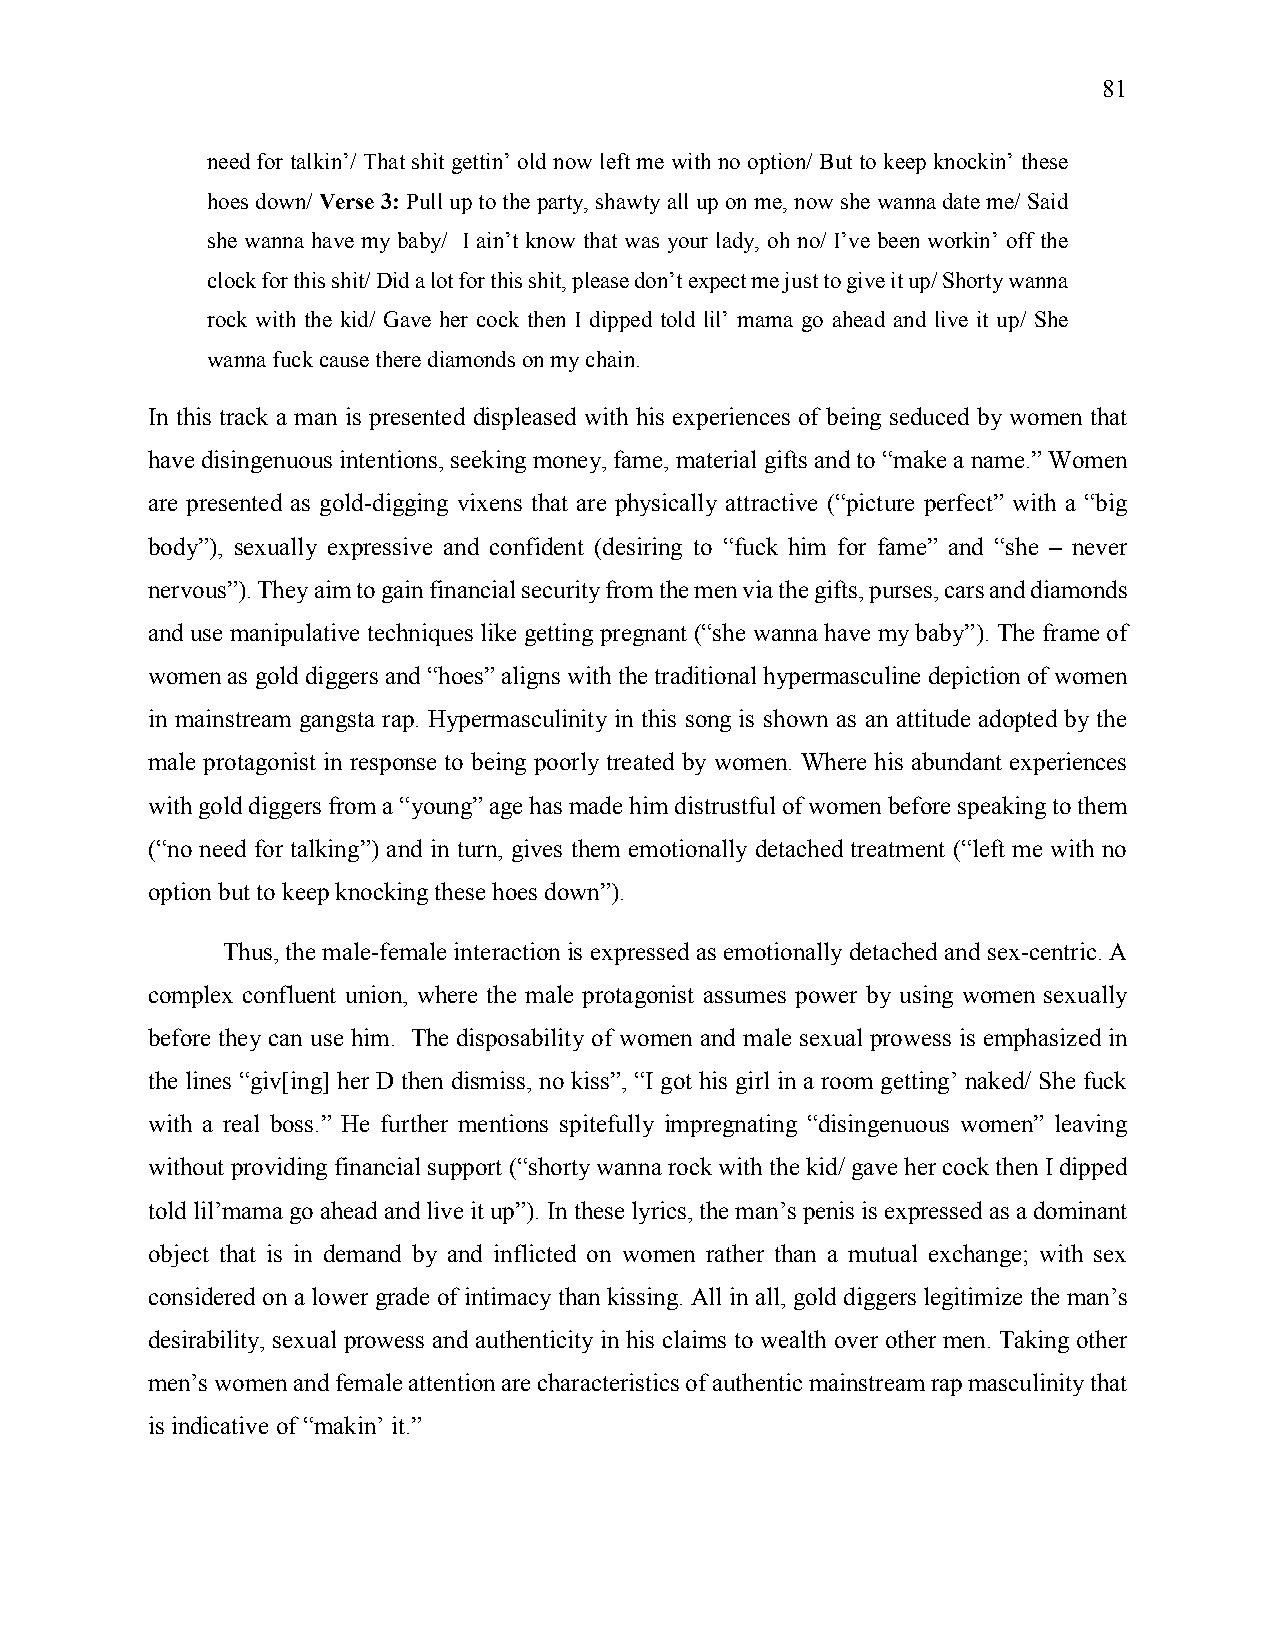
81
 need for talkin’/ That shit gettin’ old now left me with no option/ But to keep knockin’ these
 hoes down/ Verse 3: Pull up to the party, shawty all up on me, now she wanna date me/ Said
 she wanna have my baby/ I ain’t know that was your lady, oh no/ I’ve been workin’ off the
 clock for this shit/ Did a lot for this shit, please don’t expect me just to give it up/ Shorty wanna
 rock with the kid/ Gave her cock then I dipped told lil’ mama go ahead and live it up/ She
 wanna fuck cause there diamonds on my chain.
 In this track a man is presented displeased with his experiences of being seduced by women that
 have disingenuous intentions, seeking money, fame, material gifts and to “make a name.” Women
 are presented as gold-digging vixens that are physically attractive (“picture perfect” with a “big
 body”), sexually expressive and confident (desiring to “fuck him for fame” and “she – never
 nervous”). They aim to gain financial security from the men via the gifts, purses, cars and diamonds
 and use manipulative techniques like getting pregnant (“she wanna have my baby”). The frame of
 women as gold diggers and “hoes” aligns with the traditional hypermasculine depiction of women
 in mainstream gangsta rap. Hypermasculinity in this song is shown as an attitude adopted by the
 male protagonist in response to being poorly treated by women. Where his abundant experiences
 with gold diggers from a “young” age has made him distrustful of women before speaking to them
 (“no need for talking”) and in turn, gives them emotionally detached treatment (“left me with no
 option but to keep knocking these hoes down”).
 Thus, the male-female interaction is expressed as emotionally detached and sex-centric. A
 complex confluent union, where the male protagonist assumes power by using women sexually
 before they can use him. The disposability of women and male sexual prowess is emphasized in
 the lines “giv[ing] her D then dismiss, no kiss”, “I got his girl in a room getting’ naked/ She fuck
 with a real boss.” He further mentions spitefully impregnating “disingenuous women” leaving
 without providing financial support (“shorty wanna rock with the kid/ gave her cock then I dipped
 told lil’mama go ahead and live it up”). In these lyrics, the man’s penis is expressed as a dominant
 object that is in demand by and inflicted on women rather than a mutual exchange; with sex
 considered on a lower grade of intimacy than kissing. All in all, gold diggers legitimize the man’s
 desirability, sexual prowess and authenticity in his claims to wealth over other men. Taking other
 men’s women and female attention are characteristics of authentic mainstream rap masculinity that
 is indicative of “makin’ it.”